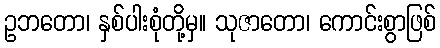
ဥဘတော၊ နှစ်ပါးစုံတို့မှ။ သုဇာတော၊ ကောင်းစွာဖြစ်